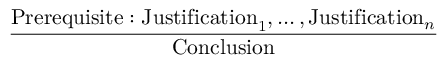
\frac { \mathrm { P r e r e q u i s i t e : J u s t i f i c a t i o n } _ { 1 } , \dots , \mathrm { J u s t i f i c a t i o n } _ { n } } { \mathrm { C o n c l u s i o n } }